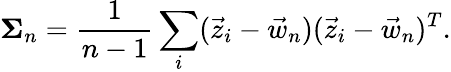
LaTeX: \mathbf{\Sigma}_{n}=\frac{1}{n-1}\sum_{i}(\vec{z}_{i}-\vec{w}_{n})(\vec{z}_{i}-\vec{w}_{n})^{T}.